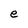
Character: e